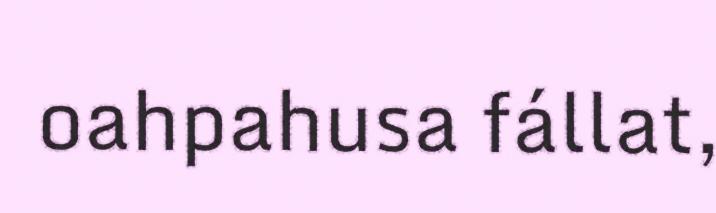
oahpahusa fállat,